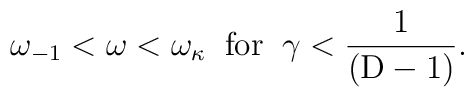
\omega_{-1} < \omega < \omega_{\kappa} \;\; \rm{for} \;\; \gamma < \frac{1}{(D-1)}.